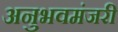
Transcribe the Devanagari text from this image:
अनुभवमंजरी